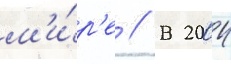
м'и́р'е // В 2004